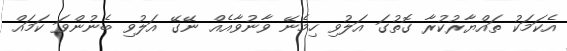
އެކަމަކު ތައްޔާރުކުރާ ގޮތުގަ އަލުވި ހިމެނޭ ވާނުވާއެއް ނޭގޭ އަލުވި ބެނުންވަ ކަމައް